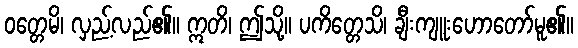
ဝတ္တေမိ၊ လှည့်လည်၏။ ဣတိ၊ ဤသို့။ ပကိတ္တေသိ၊ ချီးကျူးဟောတော်မူ၏။